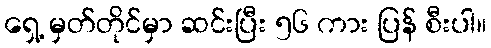
ရှေ့ မှတ်တိုင်မှာ ဆင်းပြီး ၅၆ ကား ပြန် စီးပါ။